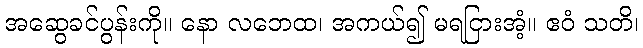
အဆွေခင်ပွန်းကို။ နော လဘေထ၊ အကယ်၍ မရငြားအံ့။ ဧဝံ သတိ၊